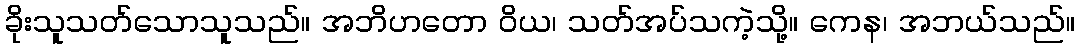
ခိုးသူသတ်သောသူသည်။ အဘိဟတော ဝိယ၊ သတ်အပ်သကဲ့သို့။ ကေန၊ အဘယ်သည်။